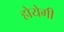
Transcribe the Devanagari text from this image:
होयेगी